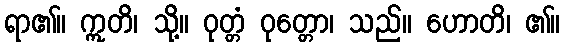
ရာ၏။ ဣတိ၊ သို့။ ဝုတ္တံ ဝုတ္တော၊ သည်။ ဟောတိ၊ ၏။